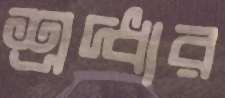
শ্রদ্ধার